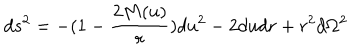
d s ^ { 2 } = - ( 1 - \frac { 2 M ( u ) } r ) d u ^ { 2 } - 2 d u d r + r ^ { 2 } d \Omega ^ { 2 }